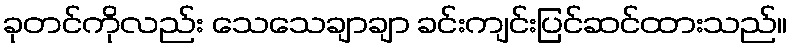
ခုတင်ကိုလည်း သေသေချာချာ ခင်းကျင်းပြင်ဆင်ထားသည်။